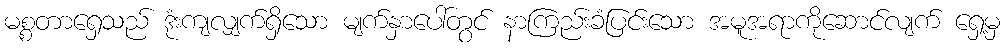
မစ္စတာရှေသည် ဒုံးကျလျှက်ရှိသော မျက်နှာပေါ်တွင် နာကြည်းခံပြင်းသော အမူအရာကိုဆောင်လျက် ရှေ့မှ